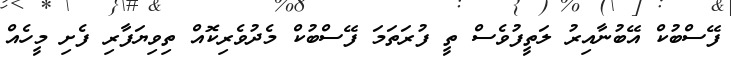
ފޭސްބުކް އޭބުނާއިރު ލަތީފުވެސް ތީ ފުރަތަމަ ފޭސްބުކް މެދުވެރިކޮއް ތިވިޔަފާރި ފެށި މީހެއް